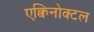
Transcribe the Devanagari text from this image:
एक्विनोक्टल